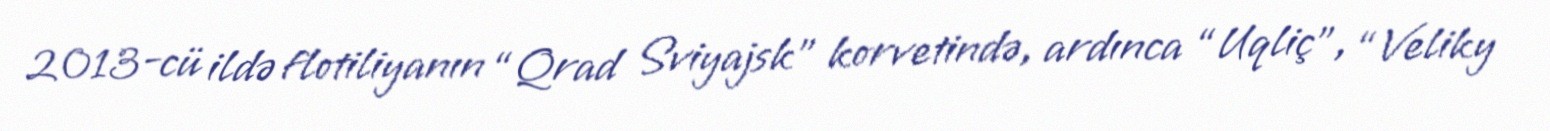
2013-cü ildə flotiliyanın “Qrad Sviyajsk” korvetində, ardınca “Uqliç”, “Veliky